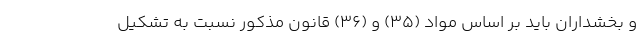
و بخشداران باید بر اساس مواد (۳۵) و (۳۶) قانون مذکور نسبت به تشکیل